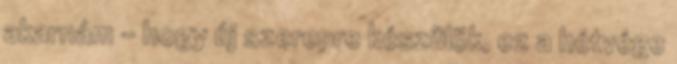
akarnám - hogy új szerepre készülök, ez a hétvége